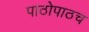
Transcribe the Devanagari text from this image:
पाठोपाठच